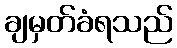
ချမှတ်ခံရသည်